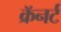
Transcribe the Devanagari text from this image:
क्रॅनर्ट